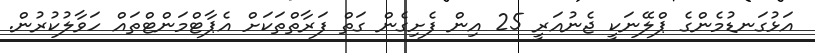
އަޅުގަނޑުމެންގެ ޕްލޭނަކީ ޖެނުއަރީ 25 އިން ފެށިގެން ގަތް ފަރާތްތަކަށް އެޕާޓްމަންޓްތައް ހަވާލުކުރުން.